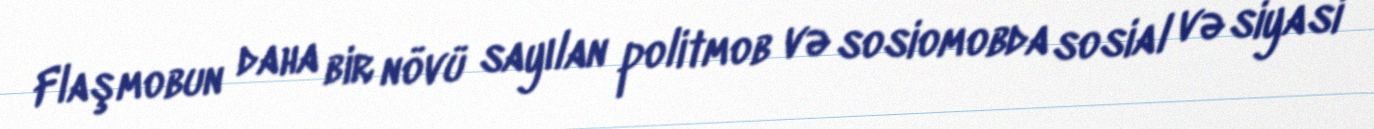
Flaşmobun daha bir növü sayılan politmob və sosiomobda sosial və siyasi